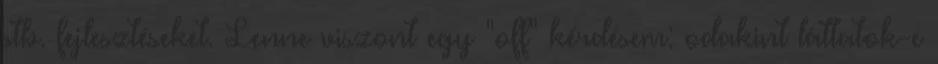
stb. fejlesztéseket. Lenne viszont egy "off" kérdésem: odakint láttatok-e